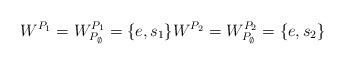
LaTeX: \begin{align*}W^{P_1}=W^{P_1}_{P_\emptyset} = \{e, s_1\} W^{P_2}=W^{P_2}_{P_\emptyset} = \{e, s_2\}\end{align*}